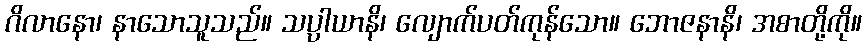
ဂိလာနော၊ နာသောသူသည်။ သပ္ပါယာနိ၊ လျောက်ပတ်ကုန်သော။ ဘောဇနာနိ၊ အစာတို့ကို။